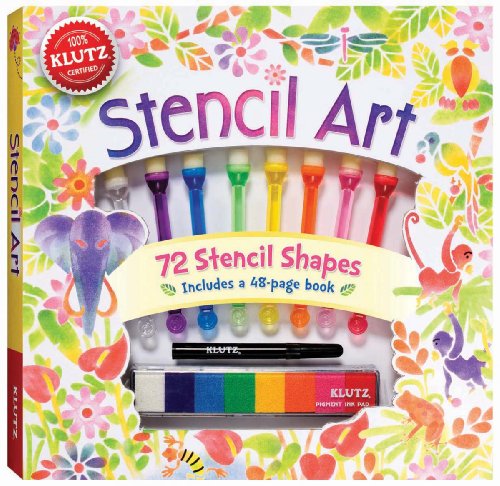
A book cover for Klutz Stencil Art Book Kit; Children's Books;